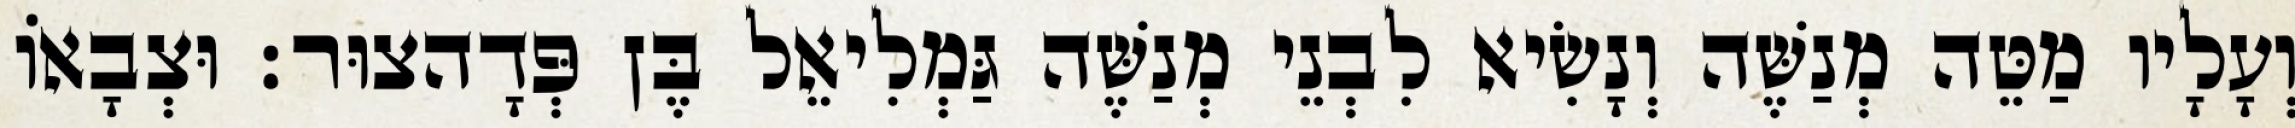
וְעָלָיו מַטֵּה מְנַשֶּׁה וְנָשִׂיא לִבְנֵי מְנַשֶּׁה גַּמְלִיאֵל בֶּן פְּדָהצוּר׃ וּצְבָאוֹ